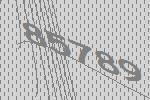
85789